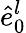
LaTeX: \hat{e}_{0}^{l}